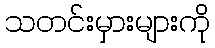
သတင်းမှားများကို